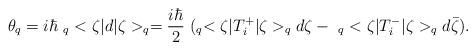
LaTeX: \begin{align*}\theta_q=i\hbar \ _q<\zeta|d|\zeta>_q=\frac{i\hbar}{2}\ (_q<\zeta|T^+_i|\zeta>_q d\zeta- \ _q<\zeta|T^-_i|\zeta> _qd\bar{\zeta}) .\end{align*}